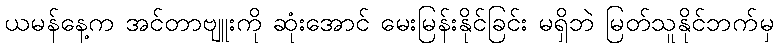
ယမန်နေ့က အင်တာဗျူးကို ဆုံးအောင် မေးမြန်းနိုင်ခြင်း မရှိဘဲ မြတ်သူနိုင်ဘက်မှ